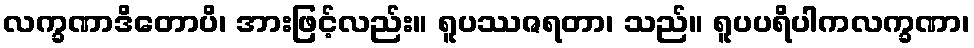
လက္ခဏာဒိတောပိ၊ အားဖြင့်လည်း။ ရူပဿဇရတာ၊ သည်။ ရူပပရိပါကလက္ခဏာ၊